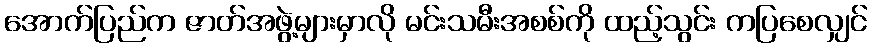
အောက်ပြည်က ဇာတ်အဖွဲ့များမှာလို မင်းသမီးအစစ်ကို ထည့်သွင်း ကပြစေလျှင်